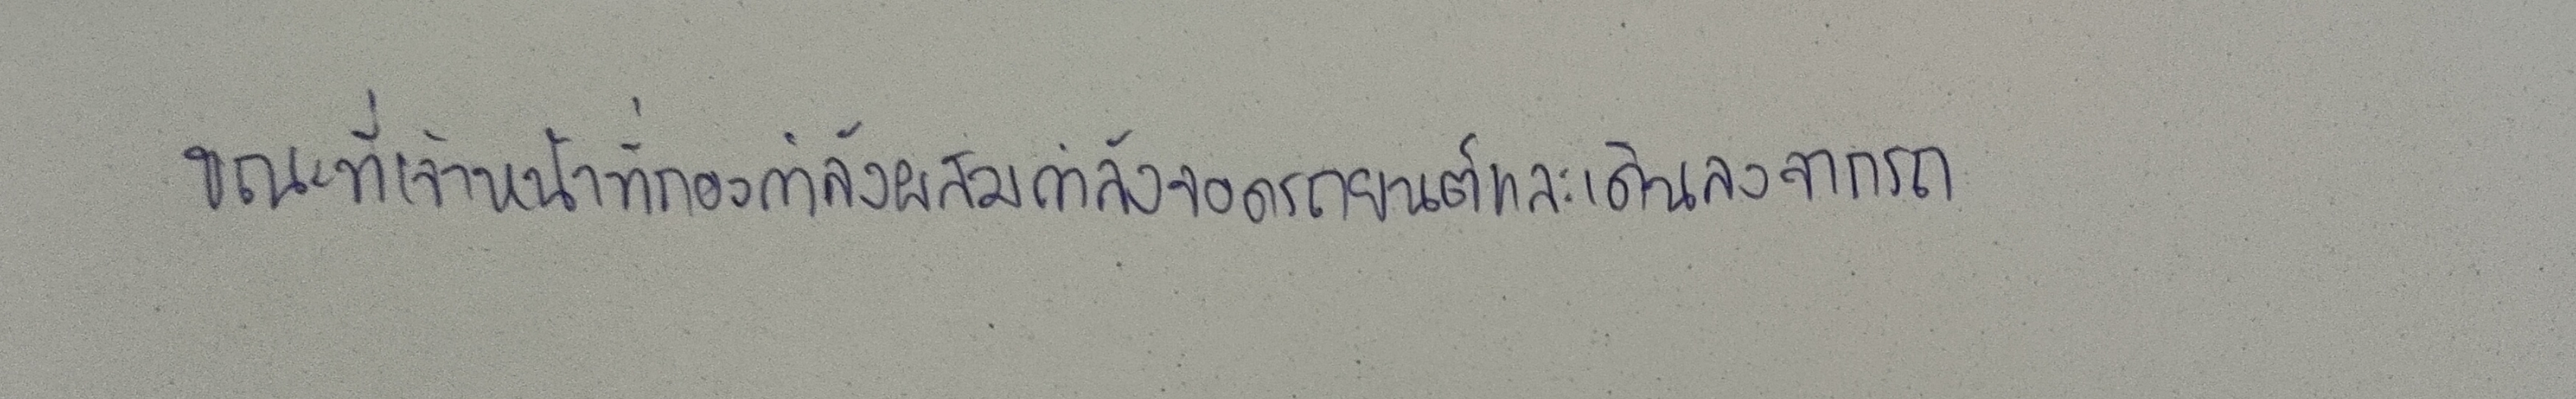
ขณะที่เจ้าหน้าที่กองกำลังผสมกำลังจอดรถยนต์และเดินลงจากรถ